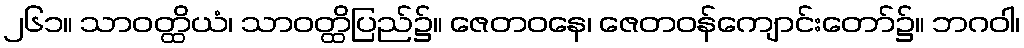
၂၆၁။ သာဝတ္ထိယံ၊ သာဝတ္ထိပြည်၌။ ဇေတဝနေ၊ ဇေတဝန်ကျောင်းတော်၌။ ဘဂဝါ၊